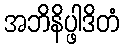
အဘိနိပ္ဖါဒိတံ